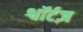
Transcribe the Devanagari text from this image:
श्वॉर्टज़